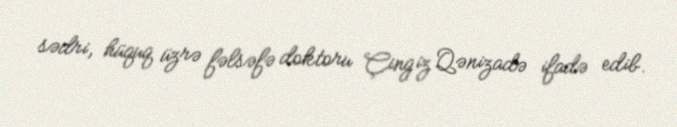
sədri, hüquq üzrə fəlsəfə doktoru Çingiz Qənizadə ifadə edib.